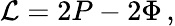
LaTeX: {\cal L}=2P-2\Phi\, ,